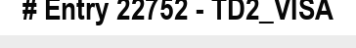
# Entry 22752 - TD2_VISA